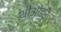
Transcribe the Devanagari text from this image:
थीओडर